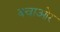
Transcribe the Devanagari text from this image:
क्वाओर